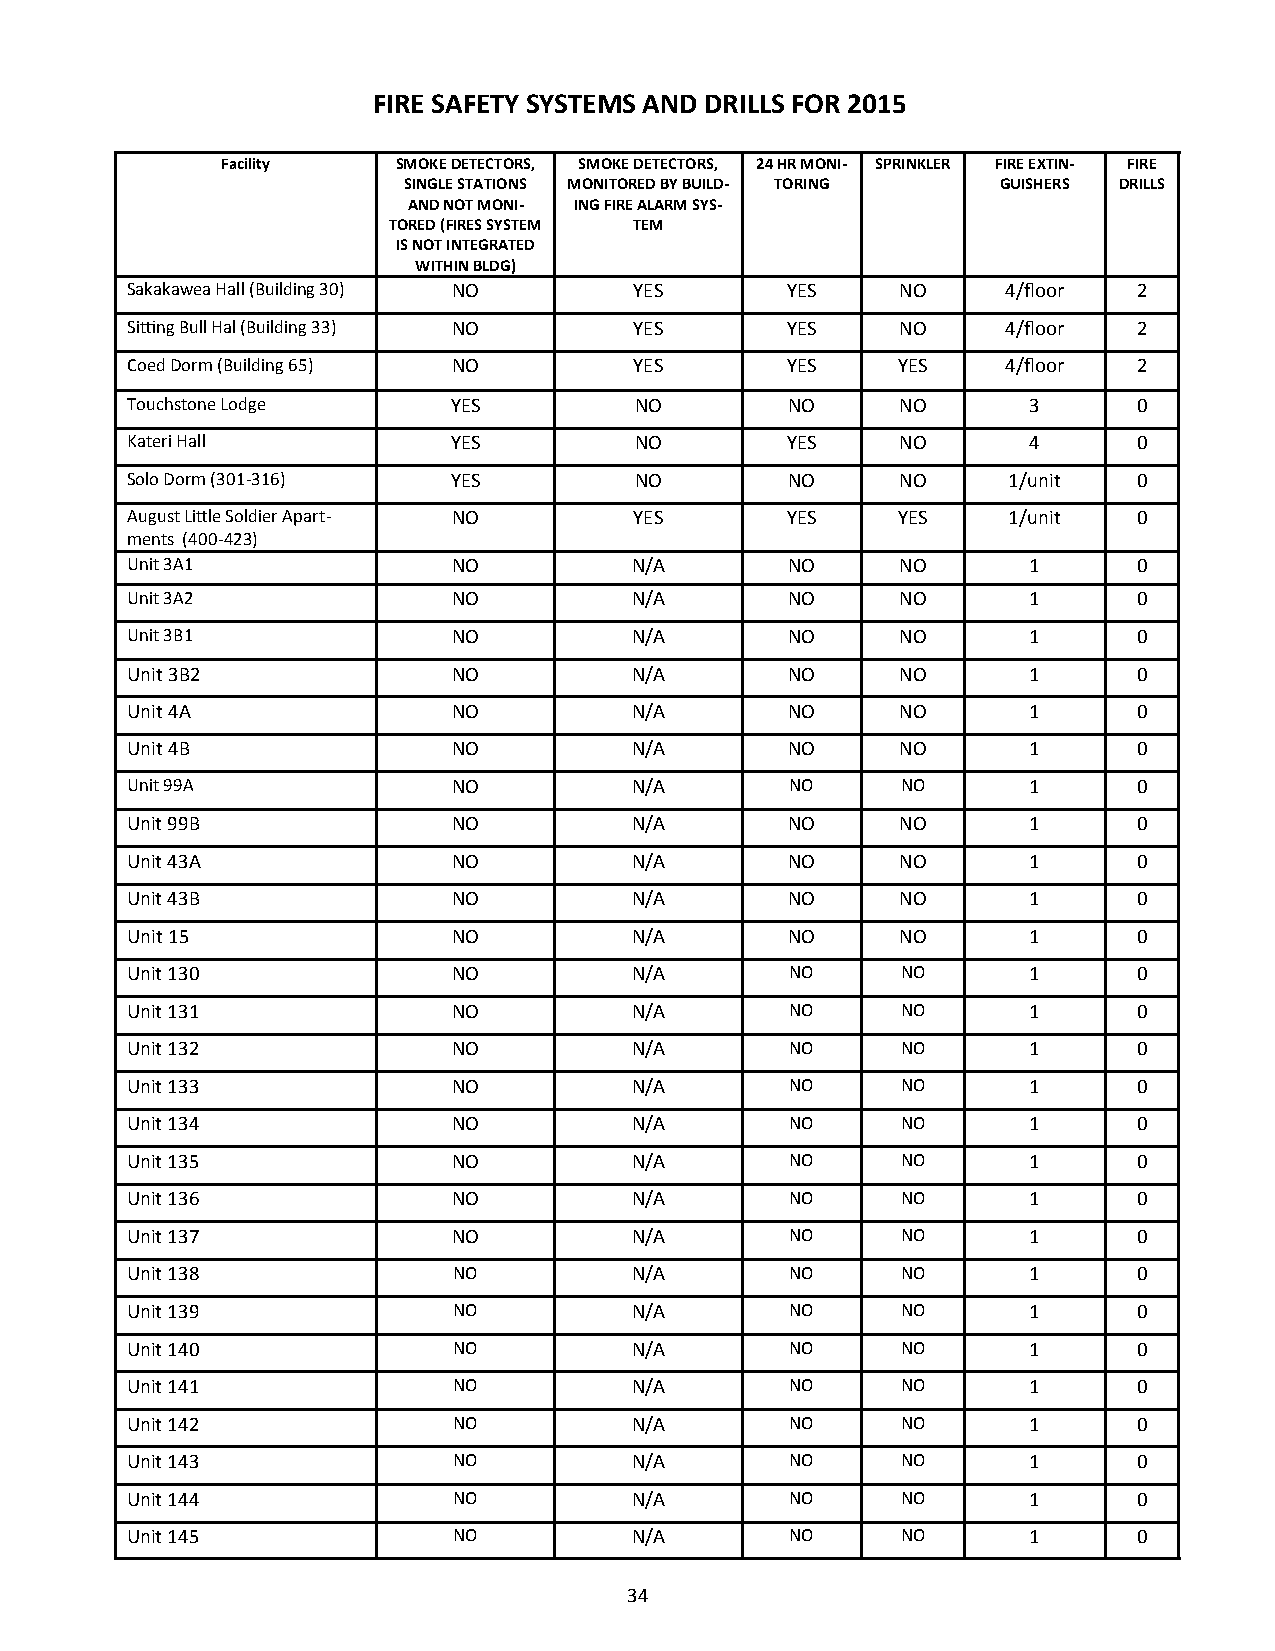
FIRE SAFETY SYSTEMS AND DRILLS FOR 2015
 Facility   SMOKE DETECTORS, SMOKE DETECTORS, 24 HR MONI- SPRINKLER FIRE EXTIN- FIRE
 SINGLE STATIONS MONITORED BY BUILD- TORING GUISHERS DRILLS
 AND NOT MONI- ING FIRE ALARM SYS-
 TORED (FIRES SYSTEM TEM
 IS NOT INTEGRATED
 WITHIN BLDG)
 Sakakawea Hall (Building 30) NO   YES       YES     NO     4/floor 2
 Sitting Bull Hal (Building 33) NO YES       YES     NO     4/floor 2
 Coed Dorm (Building 65) NO        YES       YES    YES     4/floor 2
 Touchstone Lodge      YES         NO        NO      NO      3      0
 Kateri Hall           YES         NO        YES     NO      4      0
 Solo Dorm (301-316)   YES         NO        NO      NO     1/unit  0
 August Little Soldier Apart- NO   YES       YES    YES     1/unit  0
 ments (400-423)
 Unit 3A1              NO          N/A       NO      NO      1      0
 Unit 3A2              NO          N/A       NO      NO      1      0
 Unit 3B1              NO          N/A       NO      NO      1      0
 Unit 3B2              NO          N/A       NO      NO      1      0
 Unit 4A               NO          N/A       NO      NO      1      0
 Unit 4B               NO          N/A       NO      NO      1      0
 Unit 99A              NO          N/A       NO      NO      1      0
 Unit 99B              NO          N/A       NO      NO      1      0
 Unit 43A              NO          N/A       NO      NO      1      0
 Unit 43B              NO          N/A       NO      NO      1      0
 Unit 15               NO          N/A       NO      NO      1      0
 Unit 130              NO          N/A       NO      NO      1      0
 Unit 131              NO          N/A       NO      NO      1      0
 Unit 132              NO          N/A       NO      NO      1      0
 Unit 133              NO          N/A       NO      NO      1      0
 Unit 134              NO          N/A       NO      NO      1      0
 Unit 135              NO          N/A       NO      NO      1      0
 Unit 136              NO          N/A       NO      NO      1      0
 Unit 137              NO          N/A       NO      NO      1      0
 Unit 138              NO          N/A       NO      NO      1      0
 Unit 139              NO          N/A       NO      NO      1      0
 Unit 140              NO          N/A       NO      NO      1      0
 Unit 141              NO          N/A       NO      NO      1      0
 Unit 142              NO          N/A       NO      NO      1      0
 Unit 143              NO          N/A       NO      NO      1      0
 Unit 144              NO          N/A       NO      NO      1      0
 Unit 145              NO          N/A       NO      NO      1      0
 34